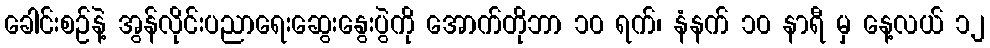
ခေါင်းစဉ်နဲ့ အွန်လိုင်းပညာရေးဆွေးနွေးပွဲကို အောက်တိုဘာ ၁၀ ရက်၊ နံနက် ၁၀ နာရီ မှ နေ့လယ် ၁၂